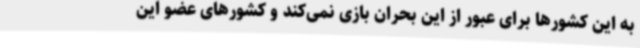
به این کشورها برای عبور از این بحران بازی نمی‌کند و کشورهای عضو این